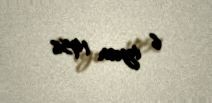
6 iyun 1956